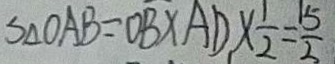
S _ { \Delta O A B } = O B \times A D \times \frac { 1 } { 2 } = \frac { 1 5 } { 2 }